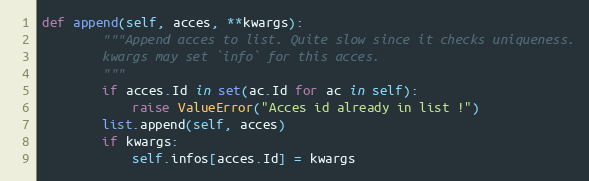
Language: Python
def append(self, acces, **kwargs):
        """Append acces to list. Quite slow since it checks uniqueness.
        kwargs may set `info` for this acces.
        """
        if acces.Id in set(ac.Id for ac in self):
            raise ValueError("Acces id already in list !")
        list.append(self, acces)
        if kwargs:
            self.infos[acces.Id] = kwargs